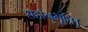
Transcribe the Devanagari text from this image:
सहानुभूति।